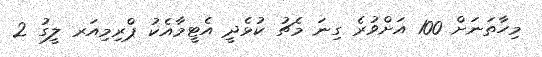
މިހާތަނަށް 100 އަށްވުރެ ގިނަ މެޗު ކުޅެދީ އެޓީމާއެކު ޕްރިމިއަރ ލީގު 2